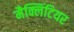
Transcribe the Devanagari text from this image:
मैक्लिंटियर